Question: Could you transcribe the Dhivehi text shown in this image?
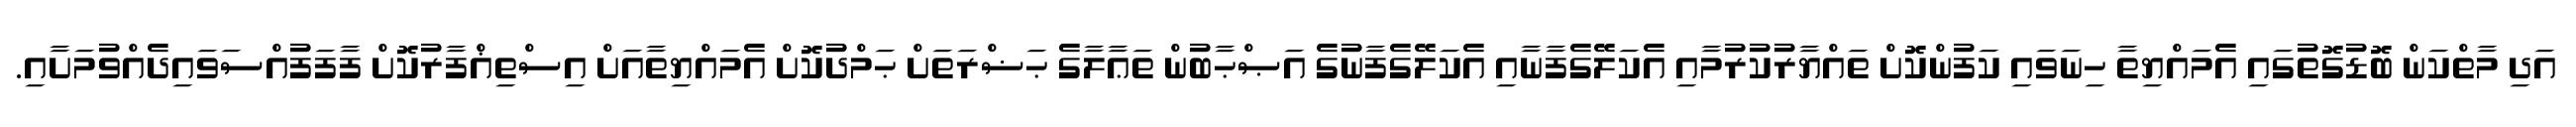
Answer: އަދި މާތްކަން ބޮޑުގޮތުގައި އެމައްޔިތާ ހިނަވައި ކަފުންކޮށް ތައްޔާރުކުރުމާއި އެކަލޭގެފާނާއި އެކަލޭގެފާނުގެ އަޞްޙާބުން ތަޢާލާގެ ޙަޟްރަތަށް ޙަމްދުކޮށް އެމައްޔިތާއަށް އިސްތިޣްފާރުކޮށް ފާފަފުއްސަވައިދެއްވުމަށާއި.